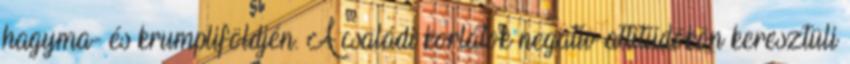
hagyma- és krumpliföldjén. A családi korlátok negatív attitűdökön keresztüli